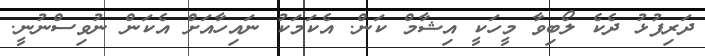
ދަރިފުޅު ދެކެ ލޯބިވާ މީހަކީ އިޝާމް ކަން. އެކަމަކު ނައިހާއަށް އެކަން ނުވިސްނުނީ.